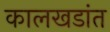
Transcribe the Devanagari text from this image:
कालखडांत